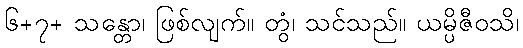
၆+၇+ သန္တော၊ ဖြစ်လျက်။ တွံ၊ သင်သည်။ ယမ္ပိဇီဝသိ၊